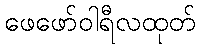
ဖေဖော်ဝါရီလထုတ်